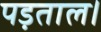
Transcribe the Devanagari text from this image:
पड़ताल।